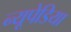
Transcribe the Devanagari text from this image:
न्यूपेडिया